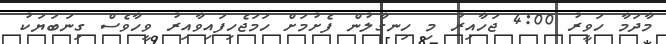
މާދަމާ ހަވީރު 4:00 ޖަހާއިރު މި ހިނގާލުން ފެށުމަށް ހަމަޖެހިފައިވާއިރު ވީހާވެސް ގިނަބަޔަކު